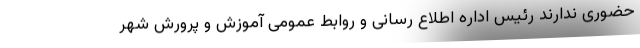
حضوری ندارند رئیس اداره اطلاع رسانی و روابط عمومی آموزش و پرورش شهر